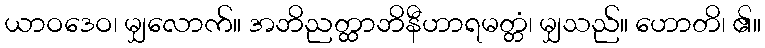
ယာဝဒေဝ၊ မျှလောက်။ အဘိညတ္ထာဘိနီဟာရမတ္တံ၊ မျှသည်။ ဟောတိ၊ ၏။